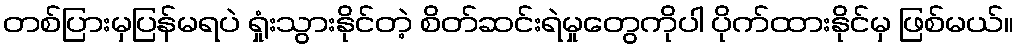
တစ်ပြားမှပြန်မရပဲ ရှုံးသွားနိုင်တဲ့ စိတ်ဆင်းရဲမှုတွေကိုပါ ပိုက်ထားနိုင်မှ ဖြစ်မယ်။